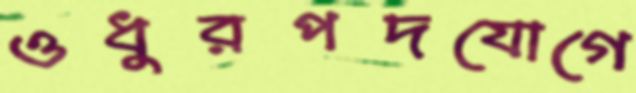
ওধুরপদযোগে